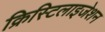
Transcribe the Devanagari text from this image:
क्रिस्टिलाइजेशन